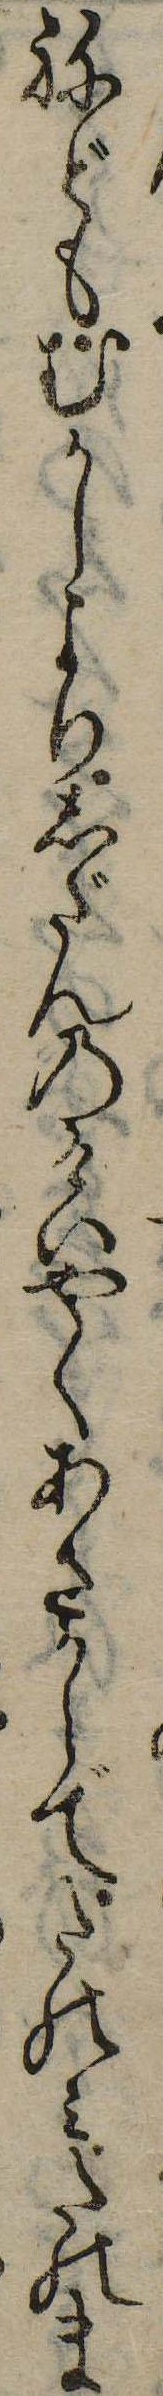
ねどもむかしよりしだんのけいやくあさからでたのみたのま